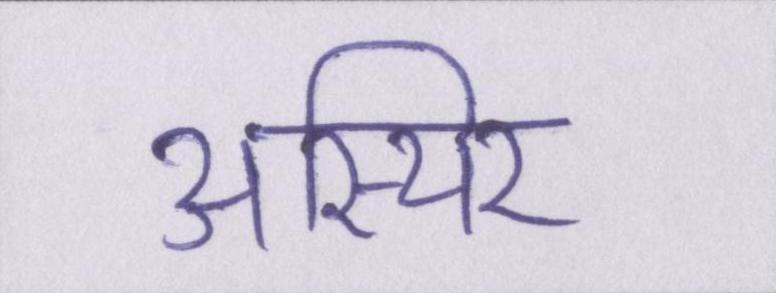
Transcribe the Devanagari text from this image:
अस्थिर